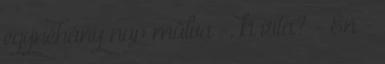
egynéhány nap múlva -, ki írta? - Én -